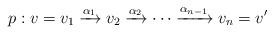
LaTeX: \begin{align*}p : v = v_1\xrightarrow{\alpha_1} v_2\xrightarrow{\alpha_2} \cdots\xrightarrow{\alpha_{n-1}} v_n = v'\end{align*}